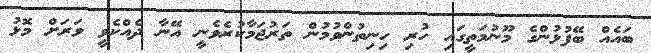
ބައެއް ބޭފުޅުންގެ މޫނުމަތީގައި ހުރި ހިނިތުންވުމުން ތަރުޖަމާކުރެވެނީ އޭނާ ދެއްކެވީ ވަރަށް މޮޅު